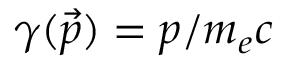
\gamma ( \vec { p } ) = p / m _ { e } c